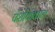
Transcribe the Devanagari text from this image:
पेशीकंकाल